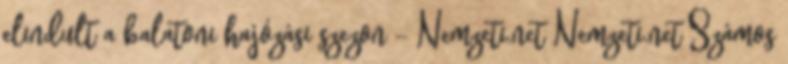
elindult a balatoni hajózási szezon - Nemzeti.net Nemzeti.net Számos